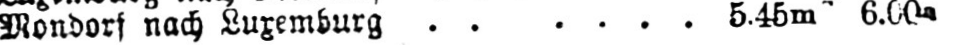
Mondorf nach Luxemburg ...... 5.45m 6.00a